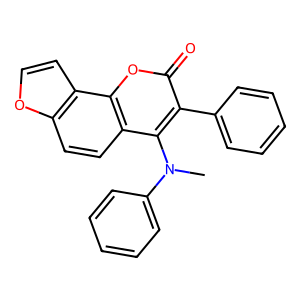
SMILES: CN(c1ccccc1)c1c(-c2ccccc2)c(=O)oc2c1ccc1occc12
Inhibits HIV replication: No